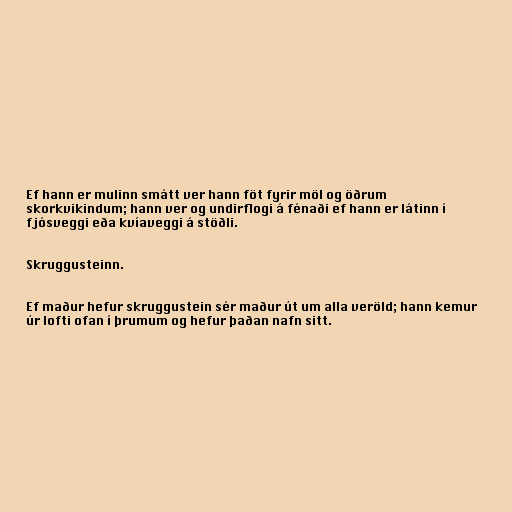
Ef hann er mulinn smátt ver hann föt fyrir möl og öðrum
skorkvikindum; hann ver og undirflogi á fénaði ef hann er látinn í
fjósveggi eða kvíaveggi á stöðli.

Skruggusteinn.

Ef maður hefur skruggustein sér maður út um alla veröld; hann kemur
úr lofti ofan í þrumum og hefur þaðan nafn sitt.